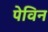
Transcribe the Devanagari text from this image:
पेविन